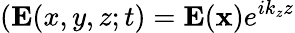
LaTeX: (\mathbf{E}(x,y,z;t)=\mathbf{E}(\mathbf{x})e^{ik_{z}z}